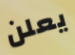
يعلن